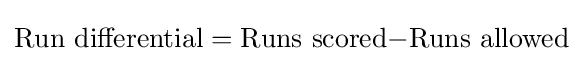
{\text{Run differential}}={\text{Runs scored}}{-}{\text{Runs allowed}}